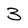
Character: 3